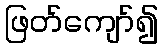
ဖြတ်ကျော်၍